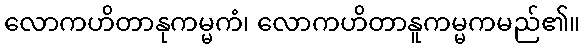
လောကဟိတာနုကမ္မကံ၊ လောကဟိတာနူကမ္မကမည်၏။